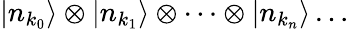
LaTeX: |n_{k_{0}}\rangle\otimes|n_{k_{1}}\rangle\otimes\dots\otimes|n_{k_{n}}\rangle\dots